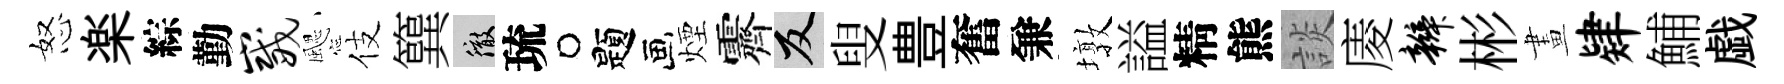
怒楽綜勤崴颸伎簨徹琉题煙霽反叟豊奮兼墩謚精熊談庱辫彬畫肄鯆戯